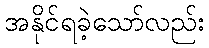
အနိုင်ရခဲ့သော်လည်း